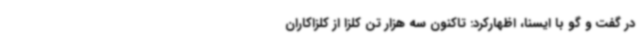
در گفت و گو با ایسنا، اظهارکرد: تاکنون سه هزار تن کلزا از کلزاکاران